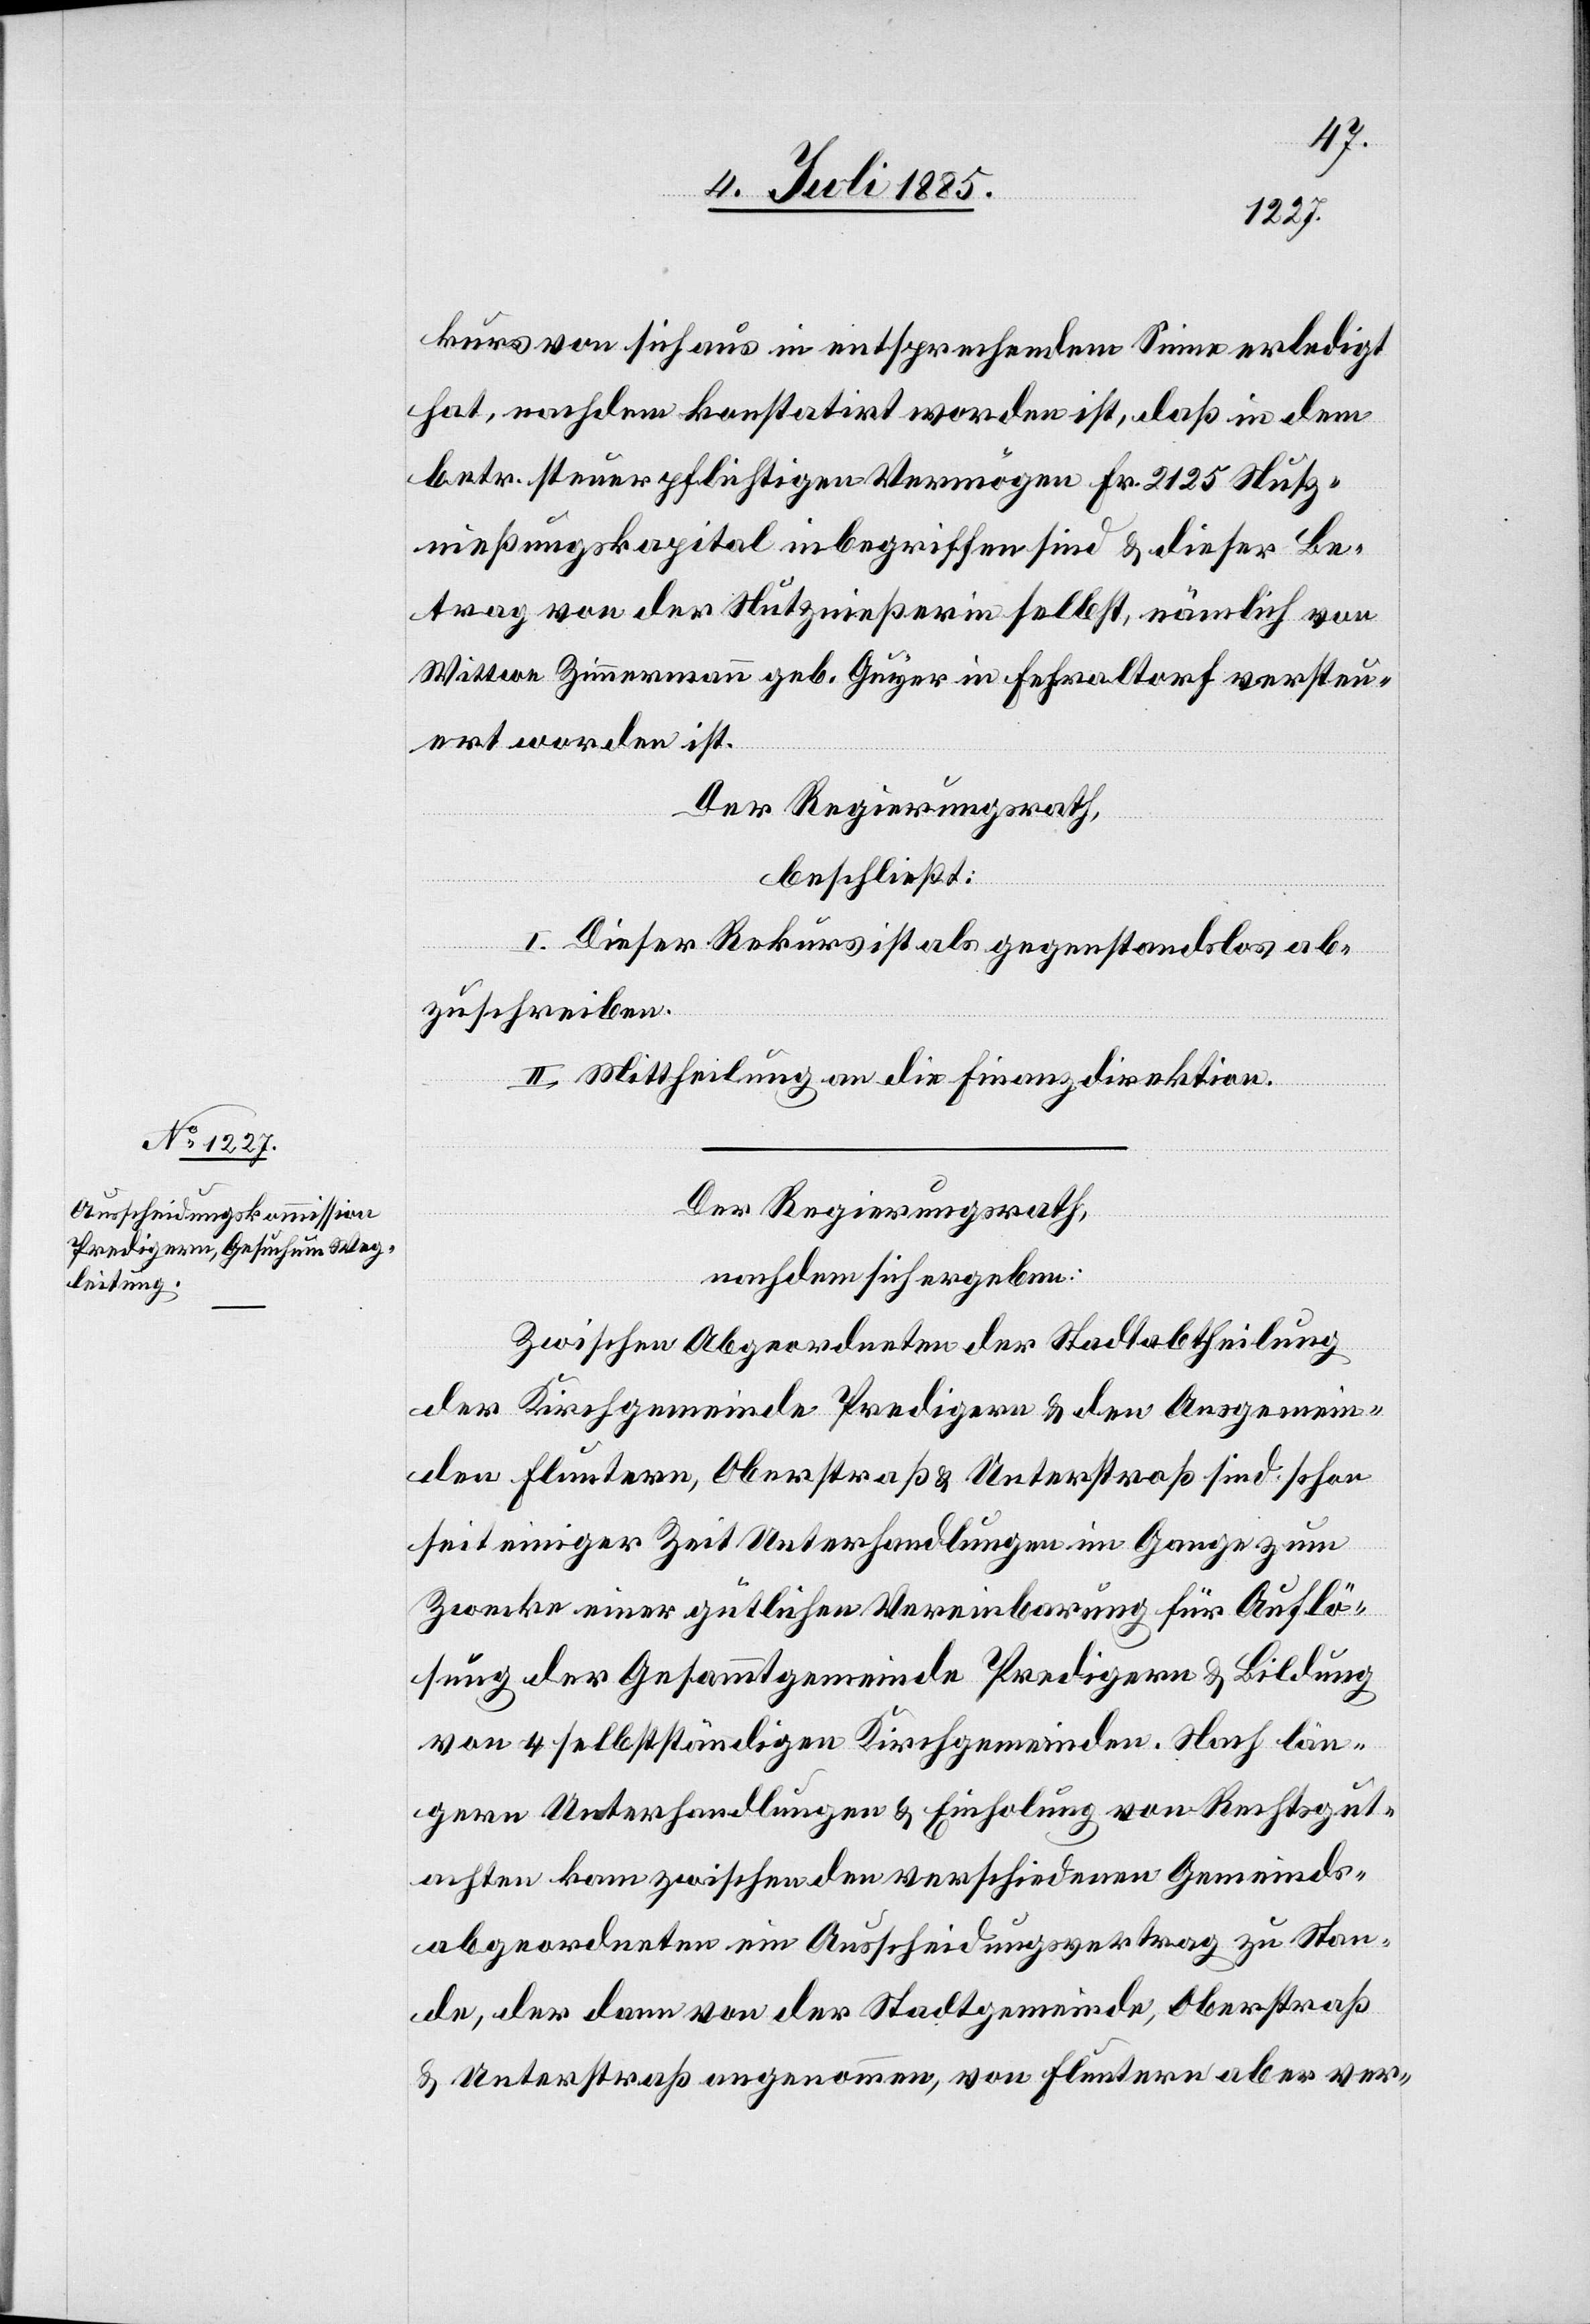
kurs von sich aus in entsprechendem Sinne erledigt
hat, nachdem konstatirt worden ist, daß in dem
betr. steuerpflichtigen Vermögen Fr. 2125 Nutz¬
nießungskapital inbegriffen sind & dieser Be¬
trag von der Nutznießerin selbst, nämlich von
Wittwe Zimmermann geb. Guyer in Fehraltorf versteu¬
ert worden ist.
Der Regierungsrath,
beschließt:
I. Dieser Rekurs ist als gegenstandslos ab¬
zuschreiben.
II. Mittheilung an die Finanzdirektion.
Der Regierungsrath,
nachdem sich ergeben:
Zwischen Abgeordneten der Stadtabtheilung
der Kirchgemeinde Predigern & den Ausgemein¬
den Fluntern, Oberstraß & Unterstraß sind schon
seit einiger Zeit Unterhandlungen im Gange zum
Zwecke einer gütlichen Vereinbarung für Auflö¬
sung der Gesammtgemeinde Predigern & Bildung
von 4 selbstständigen Kirchgemeinden. Nach län¬
gern Unterhandlungen & Einholung von Rechtsgut¬
achten kam zwischen den verschiedenen Gemeinds¬
abgeordneten ein Ausscheidungsvertrag zu Stan¬
de, der dann von der Stadtgemeinde, Oberstraß
& Unterstraß angenommen, von Fluntern aber ver-